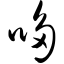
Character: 哆